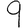
Digit: 9